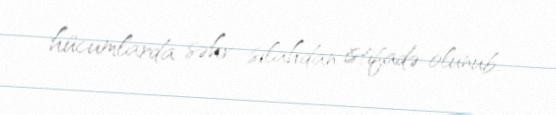
hücumlarda səhv silahdan istifadə olunub.